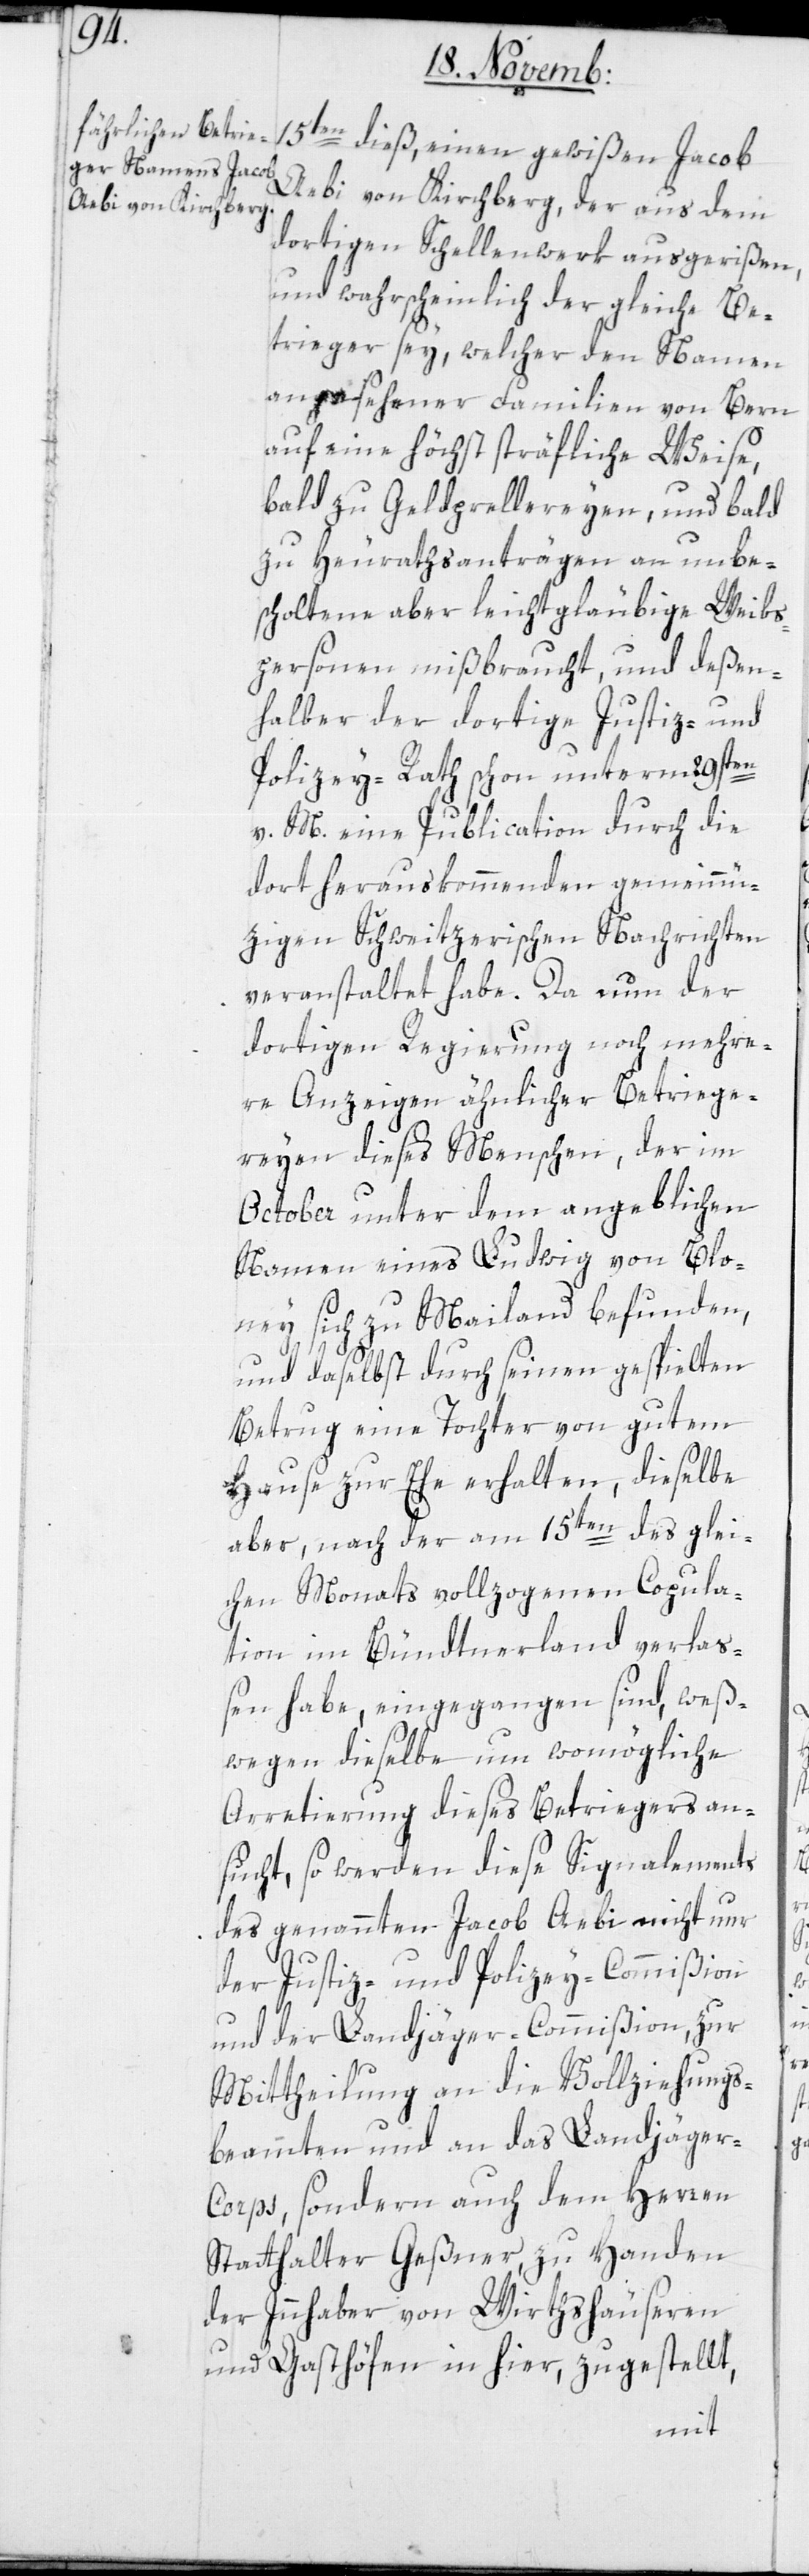
15ten
Aebi von Kirchberg, der aus dem
dortigen Schellenwerk ausgerißen
und wahrscheinlich der gleiche Be¬
trieger sey, welcher den Namen
angesehener Familien von Bern
auf ein höchst sträfliche Weise,
bald zu Geldprellereyen, und bald
zu Heurathsanträgen an unbe¬
scholtene aber leichtgläubige Weibs¬
personen mißbraucht, und deßen¬
halber der dortige Justiz- und
Polizeyrat schon unterm 29sten
v. M. eine Publication durch die
dort herauskommenden Gemeinnü¬
tzigen Schweitzerischen Nachrichten
veranstaltet habe. Da nun der
dortigen Regierung noch mehre¬
re Anzeigen ähnlicher Betriege¬
reien dieses Menschen, der im
October unter dem angeblichen
Namen eines Ludwig von Blo¬
ney sich zu Mailand befunden,
und daselbst durch seinen gespielten
Betrug eine Tochter von gutem
Hause zur Ehe erhalten, dieselbe
aber, nach der am 15ten des glei¬
chen Monats vollzogenen Copula¬
tion im Bündtnerland verlaß¬
en habe, eingegangen sind, weß¬
wegen dieselbe um womögliche
Arretierung dieses Betriegers an¬
sucht, so werden diese Signalements
des genannten Jacob Aebi nicht nur
der Justiz- und Polizey-Commißion
und der Landjäger-Commißion, zur
Mittheilung an die Vollziehungs¬
beamten und an das Landjäger-C¬
orps, sondern auch dem Herren
Statthalter Geßner zu Handen
der Innhaber von Wirthshäuseren
und Gasthöfen in hier, zugestellt,